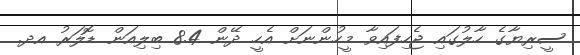
ސީރިޔާގެ ހާލުގައި ޖެހިފައިވާ މީހުންނަށް އެހީ ދޭން 8.4 ބިލިއަން ޑޮލަރު އދ.